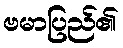
ဗမာပြည်၏